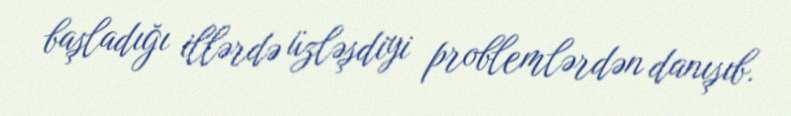
başladığı illərdə üzləşdiyi problemlərdən danışıb.